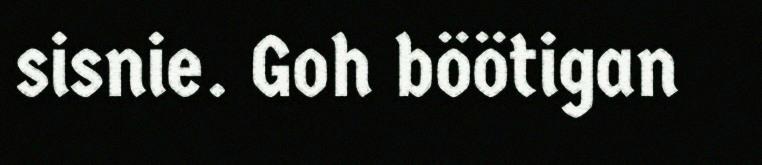
sisnie. Goh böötigan